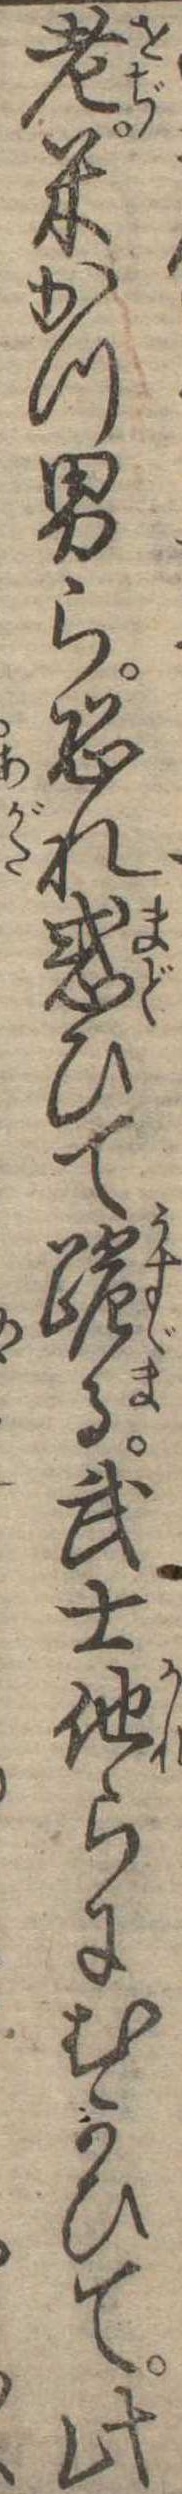
老米かつ男ら恐れ惑ひて跪る武士他らにむかひて此